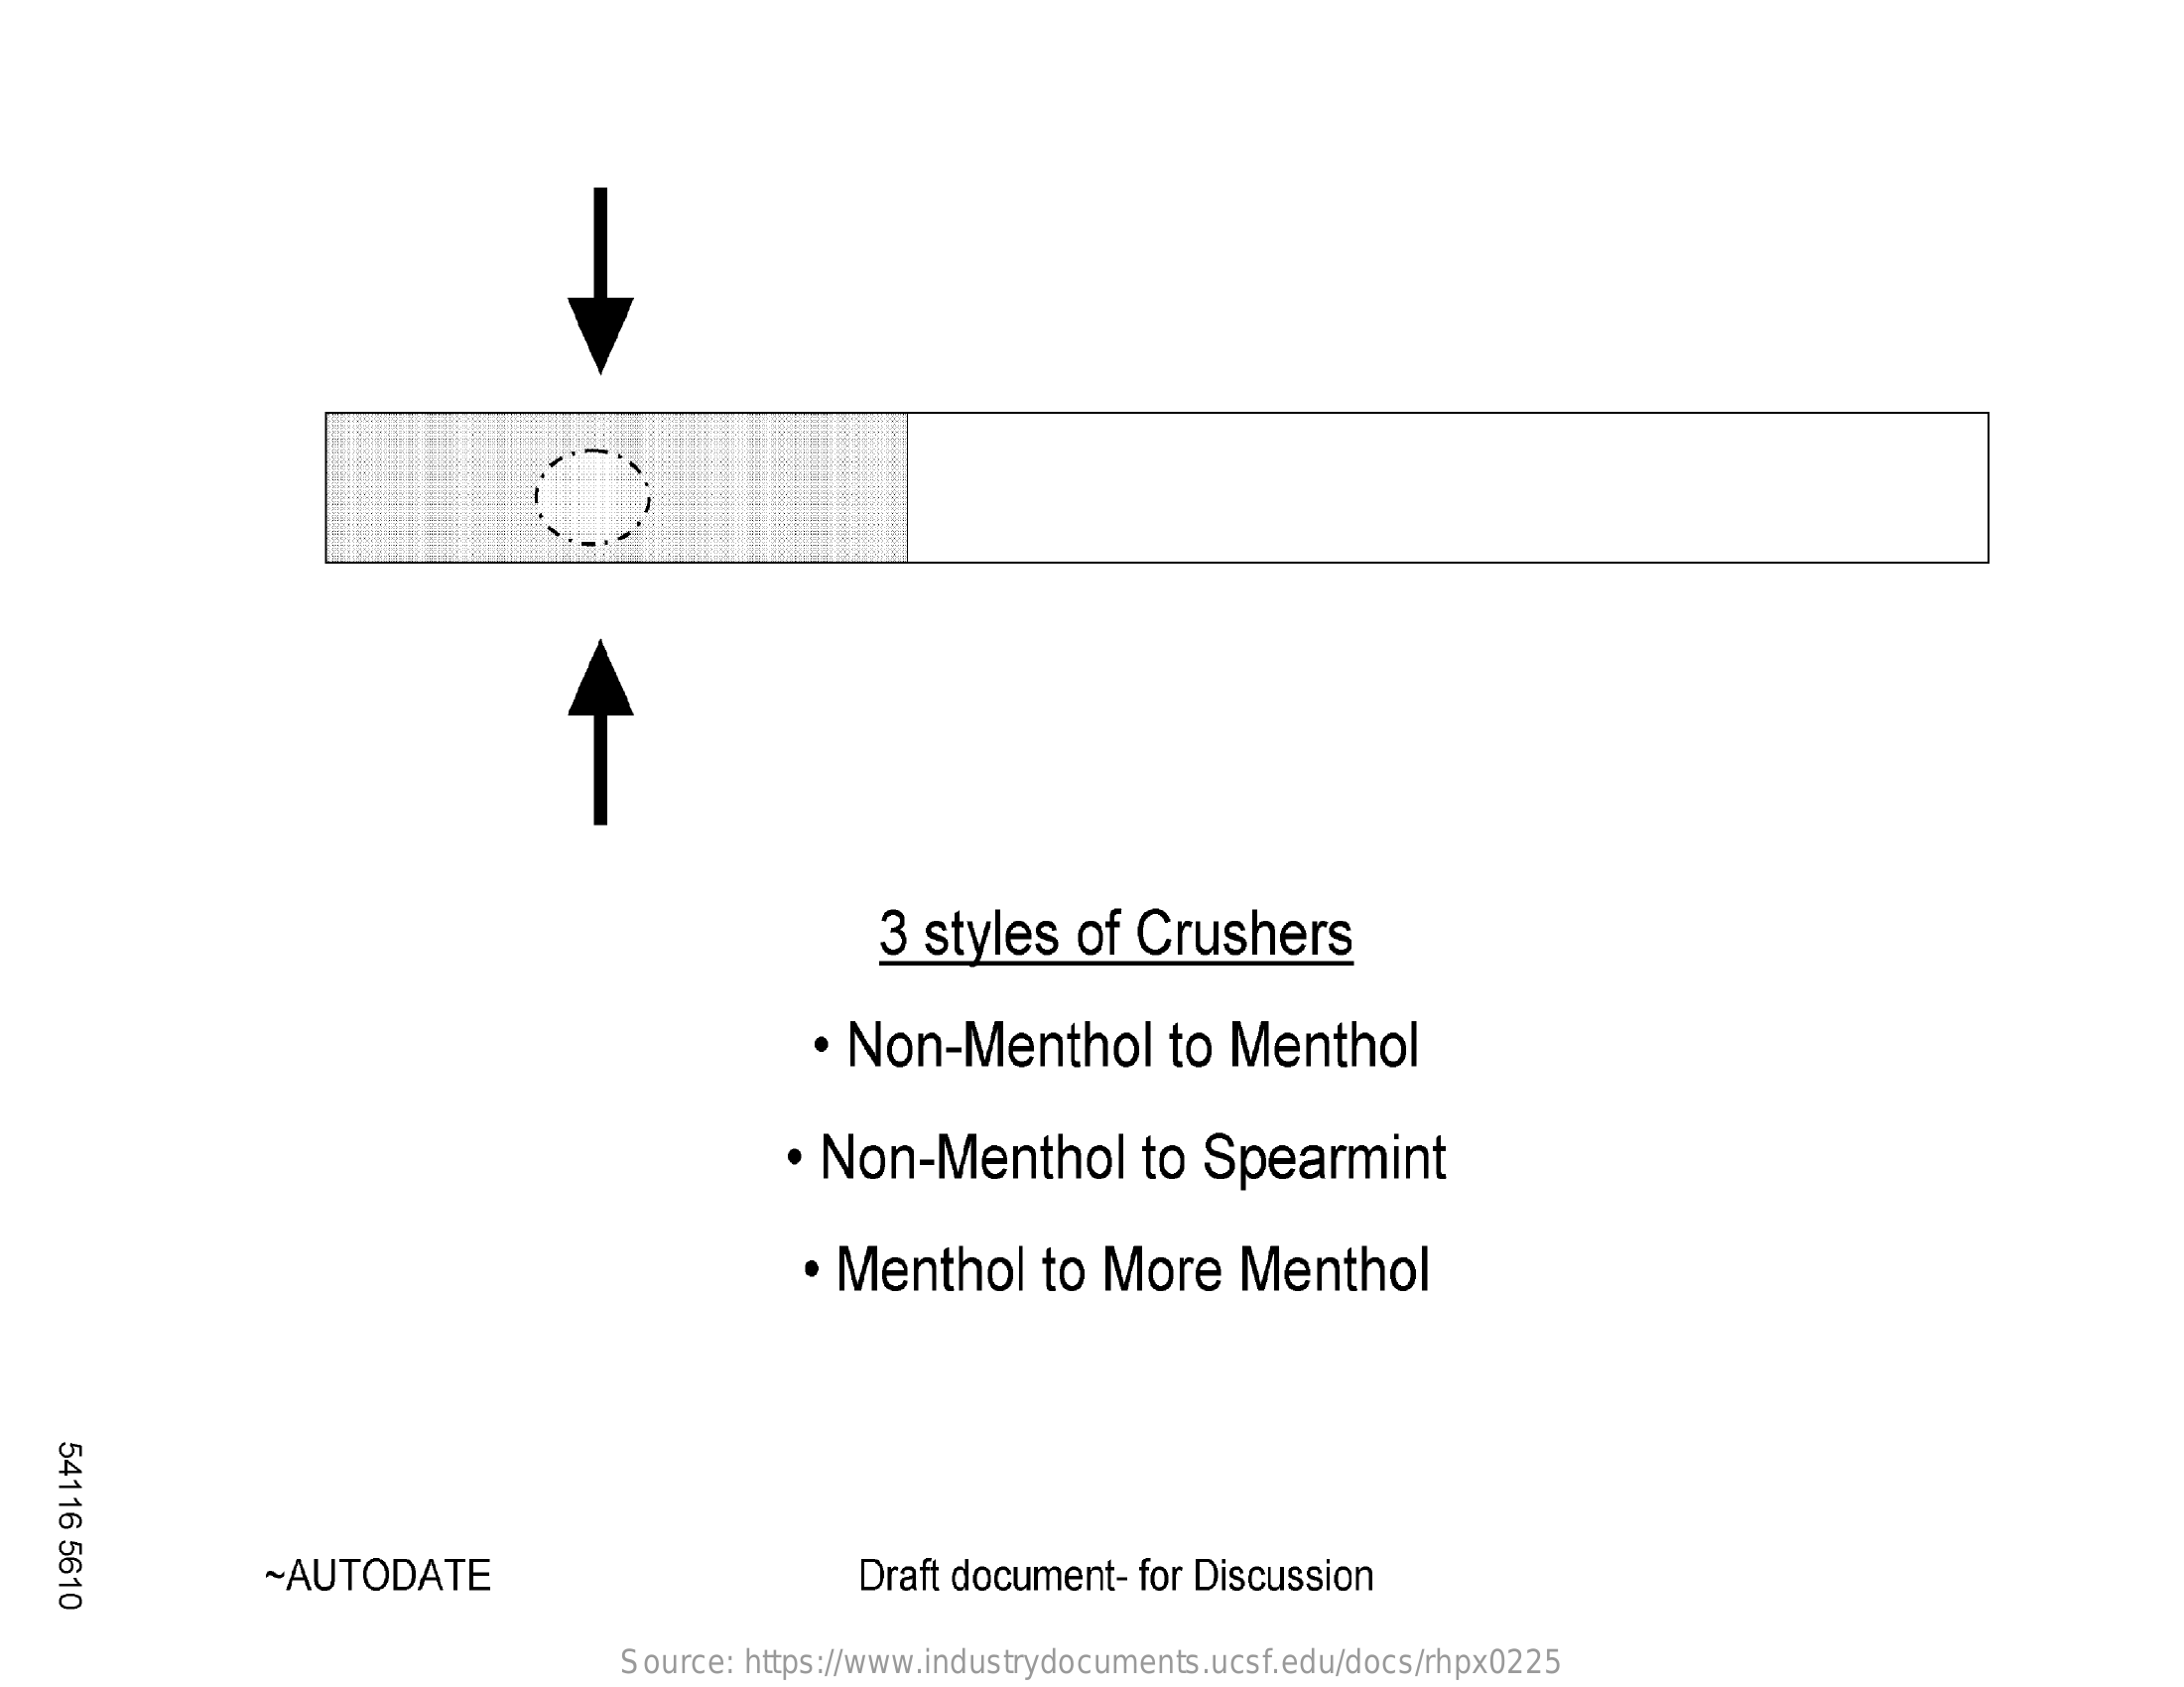
3 styles    of Crushers
     Non-Menthol    to  Menthol
     . Non-Menthol    to  Spearmint
     . Menthol    to  More    Menthol
    54116
    5610    -AUTODATE    Draft document-   for Discussion
     Source: https://www.industrydocuments.ucsf.edu/docs/rhpx0225